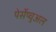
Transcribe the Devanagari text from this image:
पेर्सेप्चुअल